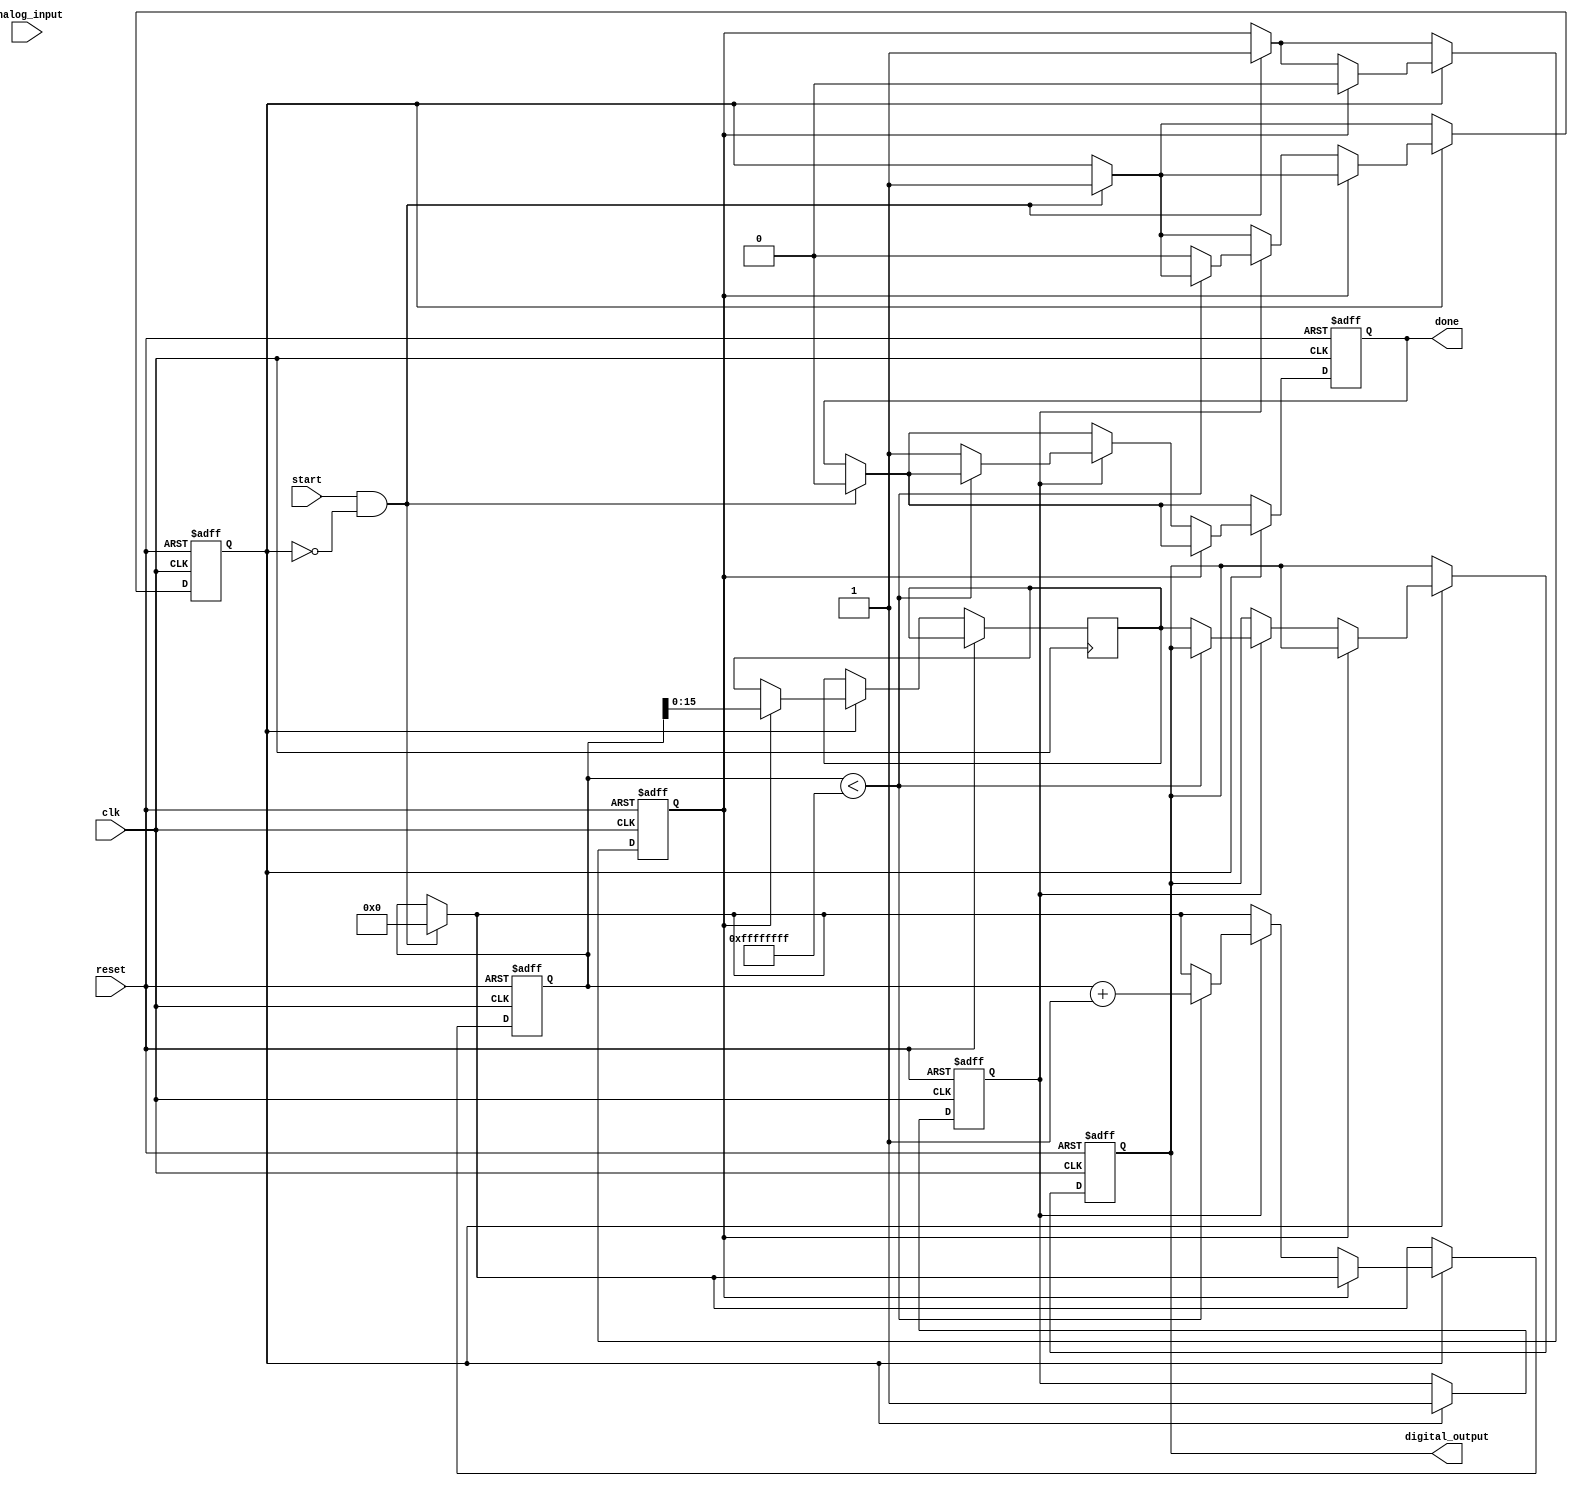
module ATDC (
    input wire clk,               // Clock input
    input wire reset,             // Reset signal
    input wire start,             // Start conversion signal
    input wire analog_input,       // Analog signal input (simulated)
    output reg [15:0] digital_output, // Digital output (16-bit)
    output reg done               // Conversion done signal
);

    // Internal signals
    reg [31:0] clock_counter;      // High-resolution clock counter
    reg sample_hold;               // Sample-and-hold signal
    reg reference_signal;          // Reference signal for timing
    reg [15:0] measured_time;      // Measured time in clock cycles
    reg converting;                // State variable for conversion process

    // State Machine for control logic
    always @(posedge clk or posedge reset) begin
        if (reset) begin
            clock_counter <= 0;
            digital_output <= 0;
            done <= 0;
            converting <= 0;
            sample_hold <= 0;
            reference_signal <= 0;
        end else begin
            if (start && !converting) begin
                converting <= 1;
                done <= 0;
                clock_counter <= 0;
                sample_hold <= 1; // Activate sample and hold
            end
            
            if (converting) begin
                // Simulate reference signal generation
                reference_signal <= 1; // Start timing
                if (sample_hold) begin
                    // Capture the analog value (simulated)
                    measured_time <= clock_counter; // Capture clock cycles
                    sample_hold <= 0; // Deactivate sample and hold
                end else if (reference_signal) begin
                    // Count until the reference signal goes low
                    if (clock_counter < 32'hFFFFFFFF) begin
                        clock_counter <= clock_counter + 1;
                    end else begin
                        converting <= 0; // Stop conversion
                        digital_output <= measured_time[15:0]; // Quantization
                        done <= 1; // Conversion done
                    end
                end
            end
        end
    end

endmodule